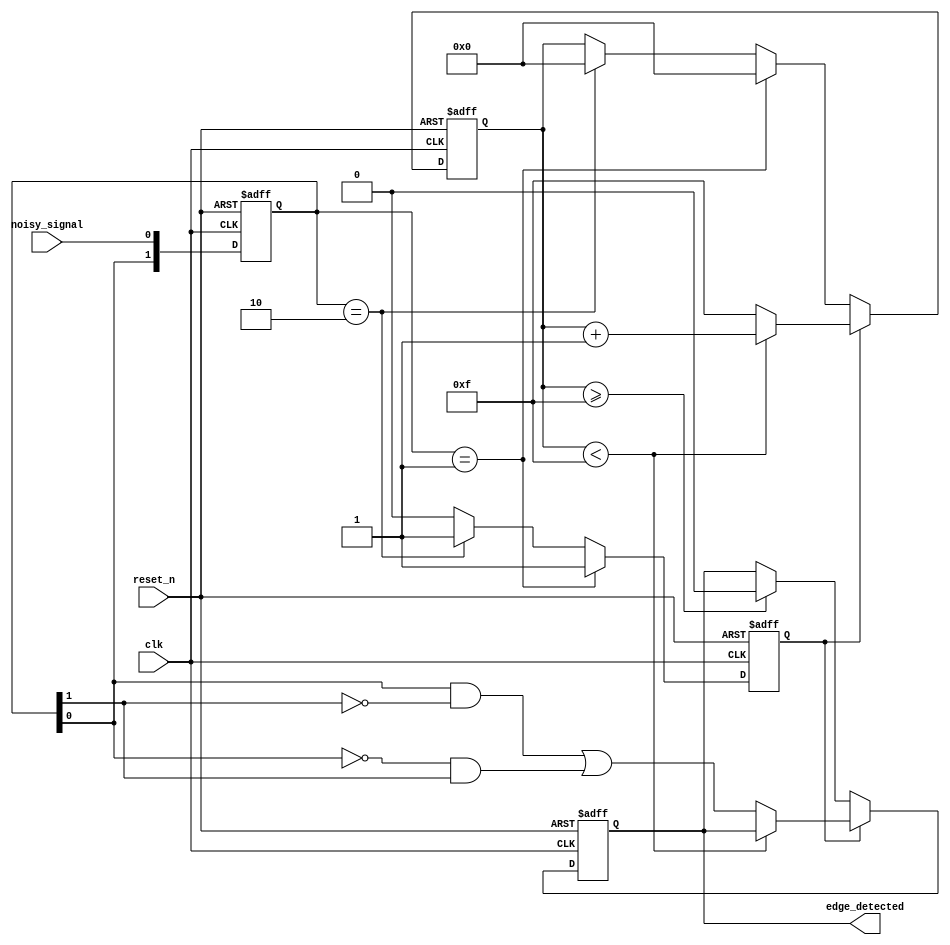
module debounce_edge_detector (
    input wire clk,                 // Clock input
    input wire reset_n,             // Asynchronous active-low reset
    input wire noisy_signal,        // Noisy input signal from switch/button
    output reg edge_detected        // Clean edge detected output
);

// Parameters
parameter DB_COUNT_MAX = 15;     // Debounce counter maximum (adjust as needed)

// Internal signals
reg [1:0] state;                  // Memory block for current and previous states
reg [3:0] debounce_counter;       // Counter for debouncing
reg detected_edge;                // Intermediate edge detection signal

// State definitions
localparam STATE_IDLE = 2'b00;   // Idle state
localparam STATE_DEBOUNCE = 2'b01; // Debounce state

// Initialize registers
initial begin
    state <= 2'b00;
    debounce_counter <= 0;
    detected_edge <= 0;
    edge_detected <= 0;
end

// Edge Detection and Debouncing Logic
always @(posedge clk or negedge reset_n) begin
    if (!reset_n) begin
        // Asynchronous reset
        state <= 2'b00;
        debounce_counter <= 0;
        detected_edge <= 0;
        edge_detected <= 0;
    end else begin
        // Sampling input signal
        state[1] <= state[0];         // Store previous state
        state[0] <= noisy_signal;      // Current state

        // Detect edge
        if (state == 2'b01) begin // Rising edge detected
            detected_edge <= 1;
            debounce_counter <= 0; // Reset counter
        end else if (state == 2'b10) begin // Falling edge detected
            detected_edge <= 1;
            debounce_counter <= 0; // Reset counter
        end else begin
            detected_edge <= 0;    // No edge detected
        end

        // Debouncing logic
        if (detected_edge) begin
            if (debounce_counter < DB_COUNT_MAX) begin
                debounce_counter <= debounce_counter + 1; // Increment counter
            end else begin
                edge_detected <= (state[0] && state[1] == 1'b0) || (~state[0] && state[1] == 1'b1);
                debounce_counter <= DB_COUNT_MAX; // Lock the counter
            end
        end else if (debounce_counter >= DB_COUNT_MAX) begin
            edge_detected <= 0; // Reset output after debounce period
        end
    end
end

endmodule